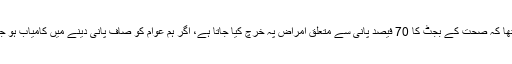
اس منصوبے کے حوالے سے وفاقی وزیر کا مزید کہنا تھا کہ صحت کے بجٹ کا 70 فیصد پانی سے متعلق امراض پہ خرچ کیا جاتا ہے، اگر ہم عوام کو صاف پانی دینے میں کامیاب ہو جائیں تو اس کا ہمارے اسپتالوں پر بہت مثبت اثر پڑے گا۔